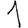
Digit: 1